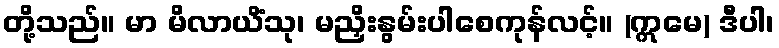
တို့သည်။ မာ မိလာယိံသု၊ မညှိးနွမ်းပါစေကုန်လင့်။ (ဣမေ) ဒီပါ၊